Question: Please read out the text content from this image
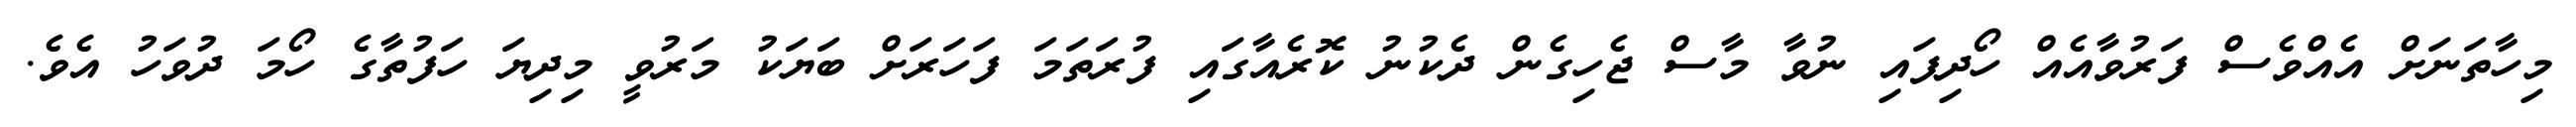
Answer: މިހާތަނަށް އެއްވެސް ފަރުވާއެއް ހޯދިފައި ނުވާ މާސް ޖެހިގެން ދެކުނު ކޮރެއާގައި ފުރަތަމަ ފަހަރަށް ބަޔަކު މަރުވީ މިދިޔަ ހަފުތާގެ ހޯމަ ދުވަހު އެވެ.